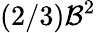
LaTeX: (2/3)\mathcal{B}^{2}